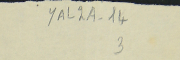
YAL2A-14 3